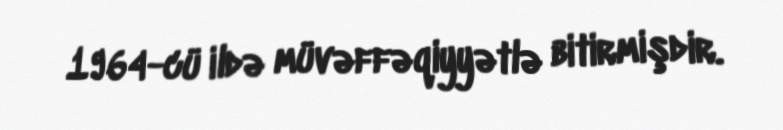
1964-cü ildə müvəffəqiyyətlə bitirmişdir.